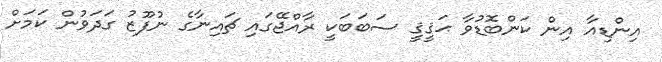
އިންޑިއާ އިން ކަންބޮޑުވާ ޙަޤީޤީ ސަބަބަކީ ރާއްޖޭގައި ޗައިނާގެ ނުފޫޒު ގަދަވުން ކަމަށް